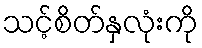
သင့်စိတ်နှလုံးကို